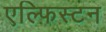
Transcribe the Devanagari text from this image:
एल्फिस्टन